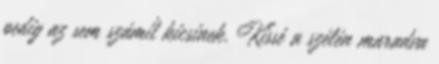
pedig az sem számít kicsinek. Kissé a szélén maradva